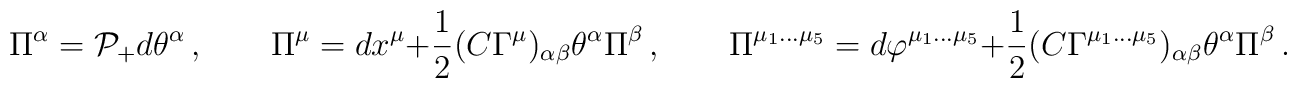
\Pi^\alpha = \mathcal{P}_+ d \theta^\alpha \, , \qquad\Pi^\mu = dx^\mu + {1\over2} (C\Gamma^\mu)_{\alpha\beta} \theta^\alpha \Pi^\beta\, , \qquad\Pi^{\mu_1\dots \mu_5} = d \varphi^{\mu_1\dots \mu_5} +{1\over2} (C\Gamma^{\mu_1\dots \mu_5})_{\alpha\beta} \theta^\alpha\Pi^\beta\, .